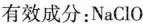
有效成分：NaClO